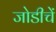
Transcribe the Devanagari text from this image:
जोडीचें